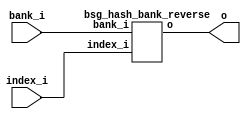
// This program was cloned from: https://github.com/chipsalliance/synlig
// License: Apache License 2.0



module top
(
  index_i,
  bank_i,
  o
);

  input [15:0] index_i;
  input [0:0] bank_i;
  output [15:0] o;

  bsg_hash_bank_reverse
  wrapper
  (
    .index_i(index_i),
    .bank_i(bank_i),
    .o(o)
  );


endmodule



module bsg_hash_bank_reverse
(
  index_i,
  bank_i,
  o
);

  input [15:0] index_i;
  input [0:0] bank_i;
  output [15:0] o;
  wire [15:0] o;
  assign o[15] = index_i[15];
  assign o[14] = index_i[14];
  assign o[13] = index_i[13];
  assign o[12] = index_i[12];
  assign o[11] = index_i[11];
  assign o[10] = index_i[10];
  assign o[9] = index_i[9];
  assign o[8] = index_i[8];
  assign o[7] = index_i[7];
  assign o[6] = index_i[6];
  assign o[5] = index_i[5];
  assign o[4] = index_i[4];
  assign o[3] = index_i[3];
  assign o[2] = index_i[2];
  assign o[1] = index_i[1];
  assign o[0] = index_i[0];

endmodule